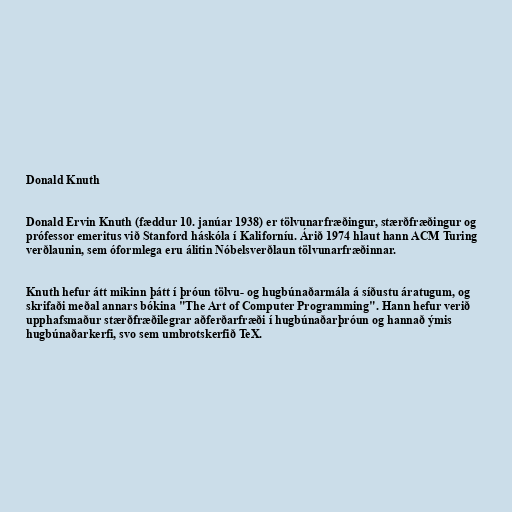
Donald Knuth

Donald Ervin Knuth (fæddur 10. janúar 1938) er tölvunarfræðingur, stærðfræðingur og
prófessor emeritus við Stanford háskóla í Kaliforníu. Árið 1974 hlaut hann ACM Turing
verðlaunin, sem óformlega eru álitin Nóbelsverðlaun tölvunarfræðinnar.

Knuth hefur átt mikinn þátt í þróun tölvu- og hugbúnaðarmála á síðustu áratugum, og
skrifaði meðal annars bókina "The Art of Computer Programming". Hann hefur verið
upphafsmaður stærðfræðilegrar aðferðarfræði í hugbúnaðarþróun og hannað ýmis
hugbúnaðarkerfi, svo sem umbrotskerfið TeX.